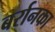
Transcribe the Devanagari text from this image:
बर्रानका